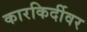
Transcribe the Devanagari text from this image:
कारकिर्दीवर